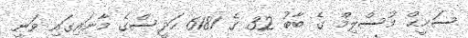
ސަޙީޙް މުސްލިމް ގެ ބާބު 32 ގެ 6181 ހަދީސްގެ މާނައިގައި ވަނީ